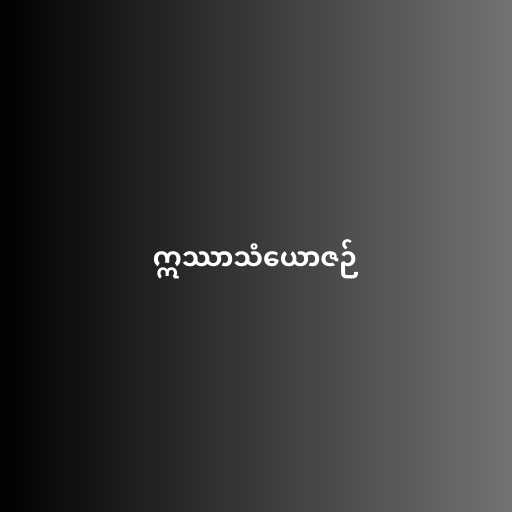
ဣဿာသံယောဇဉ်